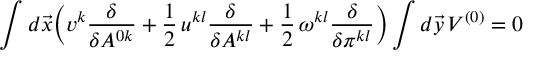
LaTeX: \int d \vec { x } \biggl ( v ^ { k } \frac { \delta } { \delta A ^ { 0 k } } + \frac { 1 } { 2 } \, u ^ { k l } \frac { \delta } { \delta A ^ { k l } } + \frac { 1 } { 2 } \, \omega ^ { k l } \frac { \delta } { \delta \pi ^ { k l } } \biggr ) \int d \vec { y } \, V ^ { ( 0 ) } = 0